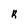
Character: R